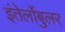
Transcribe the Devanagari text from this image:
इंतेर्लोबुलर